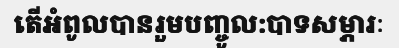
តើអំពូលបានរួមបញ្ចូល:បាទសម្ភារៈ